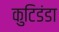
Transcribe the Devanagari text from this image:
कुटिडंडा